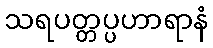
သရပတ္တပ္ပဟာရာနံ